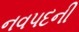
નવપદની